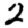
Digit: 2